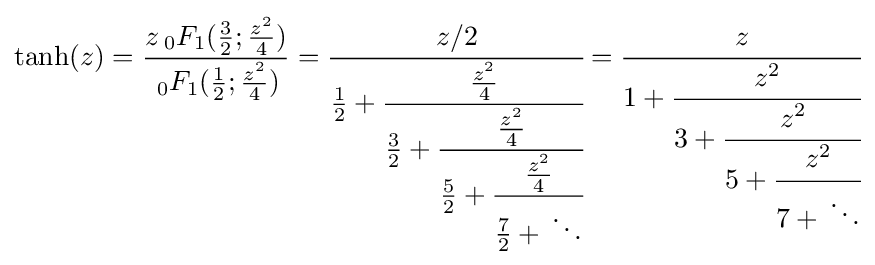
\tanh(z)={\frac {z\,_{0}F_{1}({\tfrac {3}{2}};{\tfrac {z^{2}}{4}})}{\,_{0}F_{1}({\tfrac {1}{2}};{\tfrac {z^{2}}{4}})}}={\cfrac {z/2}{{\tfrac {1}{2}}+{\cfrac {\tfrac {z^{2}}{4}}{{\tfrac {3}{2}}+{\cfrac {\tfrac {z^{2}}{4}}{{\tfrac {5}{2}}+{\cfrac {\tfrac {z^{2}}{4}}{{\tfrac {7}{2}}+{}\ddots }}}}}}}}={\cfrac {z}{1+{\cfrac {z^{2}}{3+{\cfrac {z^{2}}{5+{\cfrac {z^{2}}{7+{}\ddots }}}}}}}}